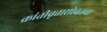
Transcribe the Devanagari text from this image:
क्रांतीवृत्तासोबतचा